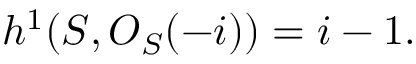
h ^ { 1 } ( { \cal S } , { \cal O } _ { \cal S } ( - i ) ) = i - 1 .